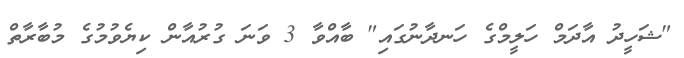
"ޝަހީދު އާދަމް ހަލީމްގެ ހަނދާނުގައި" ބާއްވާ 3 ވަނަ ގުރުއާން ކިޔެވުމުގެ މުބާރާތް